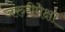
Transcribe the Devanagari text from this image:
जरुरीपेक्षा